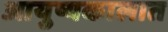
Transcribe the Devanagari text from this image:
आयुष्यकालात